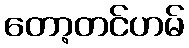
တော့တင်ဟမ်